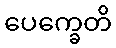
ပေက္ခေတိ